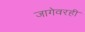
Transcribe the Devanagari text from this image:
जागेवरही